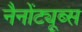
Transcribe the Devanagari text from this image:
नैनोंट्यूब्स